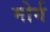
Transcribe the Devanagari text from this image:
मोर्ग